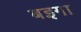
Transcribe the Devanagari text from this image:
बइगा